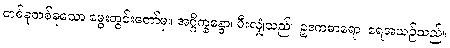
တစ်ခုတစ်ခုသော မွေးတွင်းတော်မှ။ အဂ္ဂိက္ခန္ဓော၊ မီးလျှံသည်။ ဥဒကဓာရော၊ ရေအယဉ်သည်။